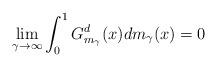
LaTeX: \begin{align*} \lim_{\gamma \to \infty}\int_{0}^{1}G^{d}_{m_\gamma}(x)dm_\gamma(x) = 0 \end{align*}